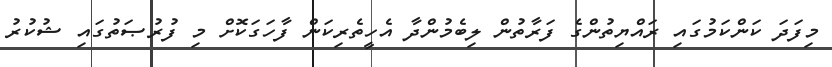
މިފަދަ ކަންކަމުގައި ރައްޔިތުންގެ ފަރާތުން ލިބެމުންދާ އެހީތެރިކަން ފާހަގަކޮށް މި ފުރުޞަތުގައި ޝުކުރު